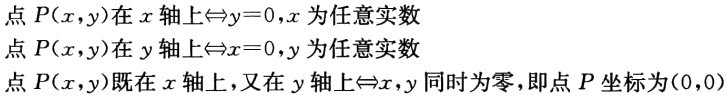
点 \(P(x,y)\)在 \(x\)轴上\(\Leftrightarrow y = 0,x\)为任意实数

点 \(P(x,y)\)在 \(y\)轴上\(\Leftrightarrow x = 0,y\)为任意实数

点 \(P(x,y)\)既在 \(x\)轴上，又在 \(y\)轴上\(\Leftrightarrow x,y\)同时为零，即点 \(P\)坐标为\((0,0)\)